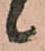
候